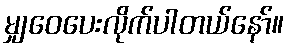
မျှဝေပေးလိုက်ပါတယ်နော်။